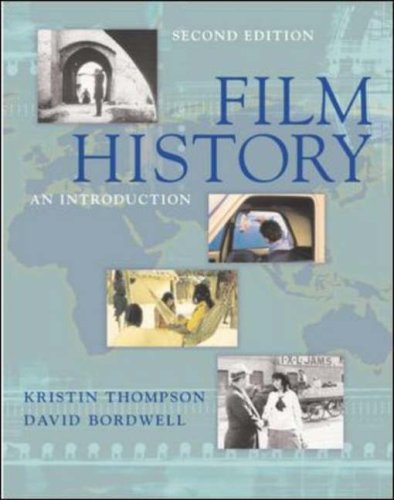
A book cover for Film History: An Introduction; Kristin Thompson; Humor & Entertainment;